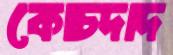
কোচদাদ